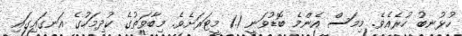
ހުޅުނބު ހުރެއެވެ. މިމަސް އެންމެ ބޮޑުވަނީ 1.1 މީޓަރަށެވެ. މިބާވަތުގެ ކުދިމަހުގެ އަނގައިގައި